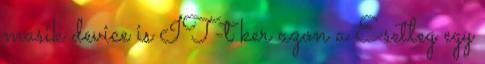
masik device is IT-t ker azon a Esetleg egy